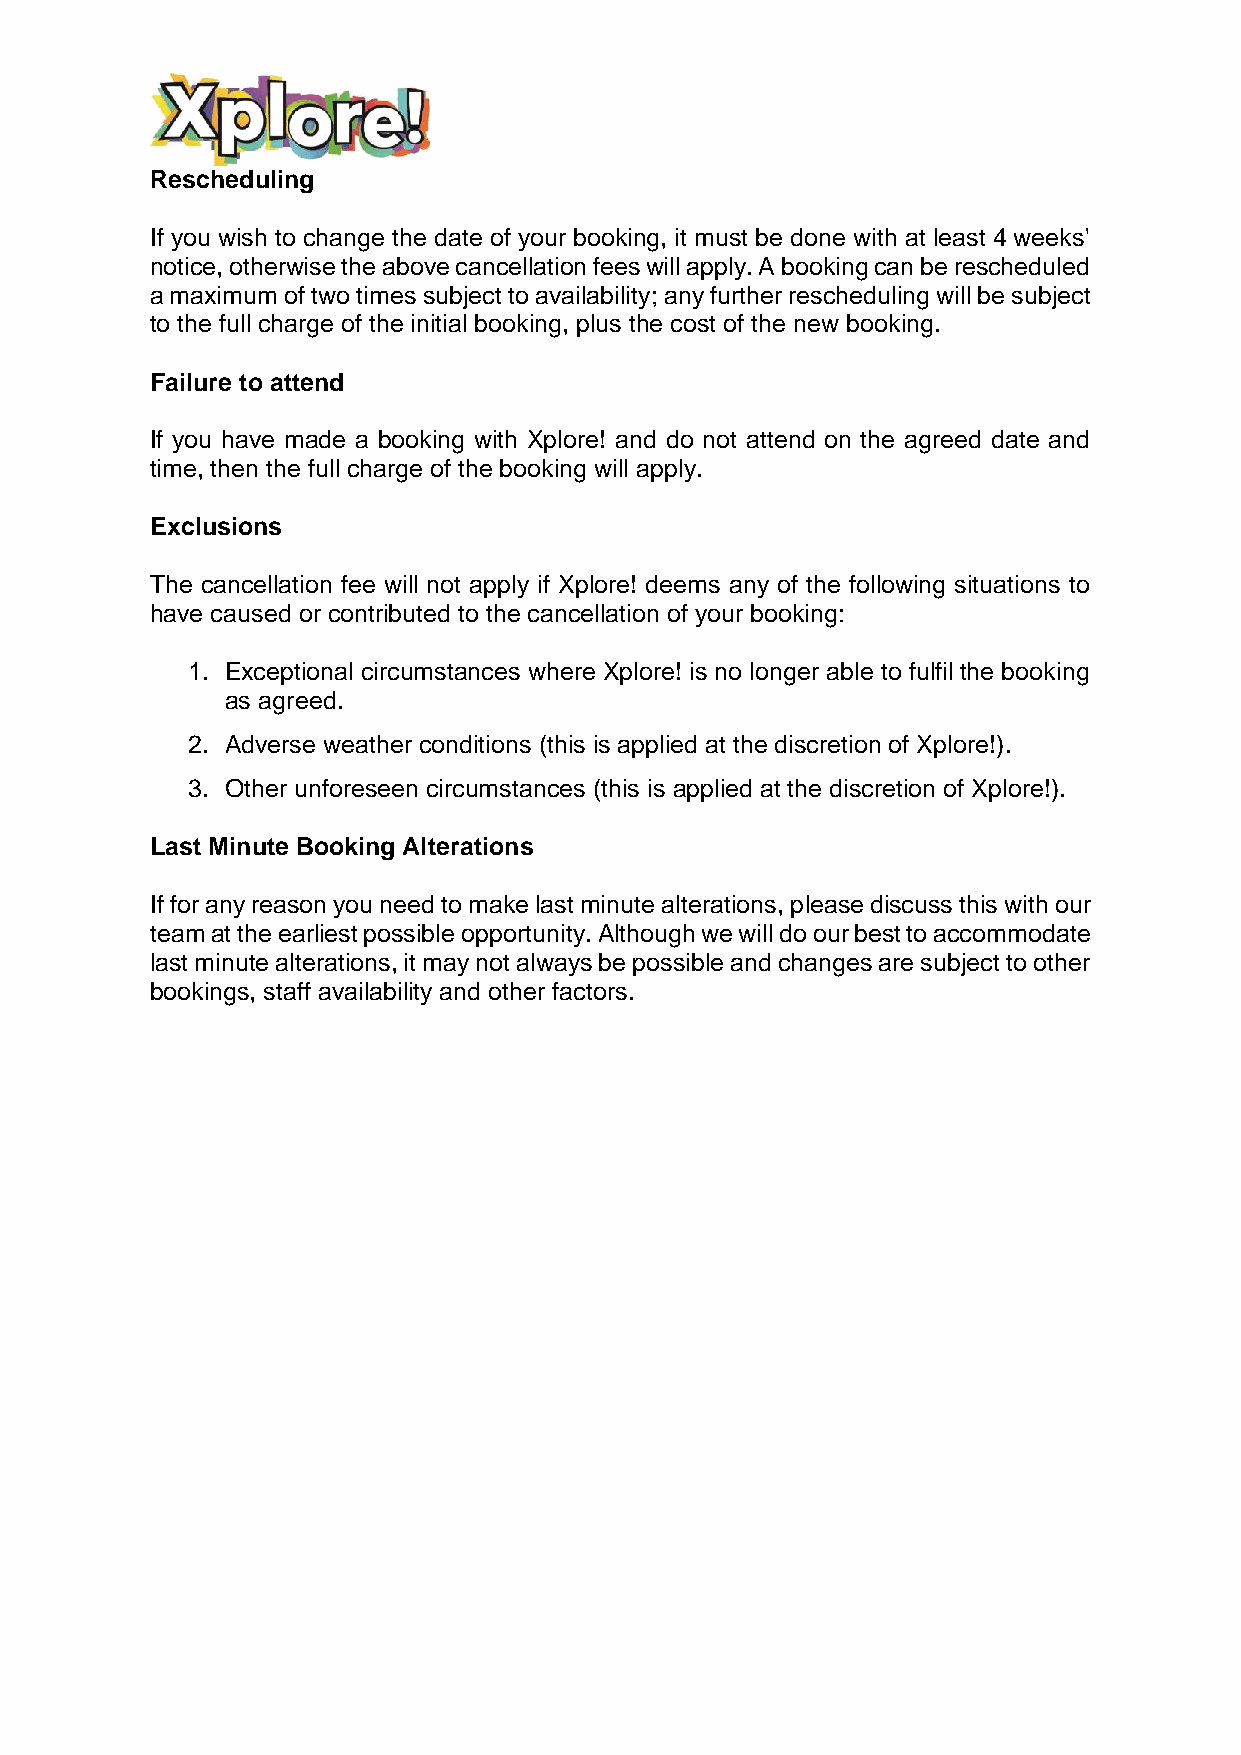
Rescheduling
 If you wish to change the date of your booking, it must be done with at least 4 weeks'
 notice, otherwise the above cancellation fees will apply. A booking can be rescheduled
 a maximum of two times subject to availability; any further rescheduling will be subject
 to the full charge of the initial booking, plus the cost of the new booking.
 Failure to attend
 If you have made a booking with Xplore! and do not attend on the agreed date and
 time, then the full charge of the booking will apply.
 Exclusions
 The cancellation fee will not apply if Xplore! deems any of the following situations to
 have caused or contributed to the cancellation of your booking:
 1. Exceptional circumstances where Xplore! is no longer able to fulfil the booking
 as agreed.
 2. Adverse weather conditions (this is applied at the discretion of Xplore!).
 3. Other unforeseen circumstances (this is applied at the discretion of Xplore!).
 Last Minute Booking Alterations
 If for any reason you need to make last minute alterations, please discuss this with our
 team at the earliest possible opportunity. Although we will do our best to accommodate
 last minute alterations, it may not always be possible and changes are subject to other
 bookings, staff availability and other factors.